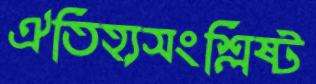
ঐতিহ্যসংশ্লিষ্ট